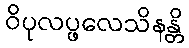
ဝိပုလပ္ဖလေသိနန္တိ